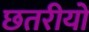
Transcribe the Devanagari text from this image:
छतरीयों